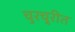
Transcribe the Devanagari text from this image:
चुरचु्रीत